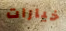
خيارات